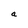
Character: a